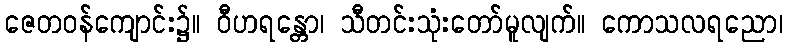
ဇေတဝန်ကျောင်း၌။ ဝီဟရန္တော၊ သီတင်းသုံးတော်မူလျက်။ ကောသလရညော၊